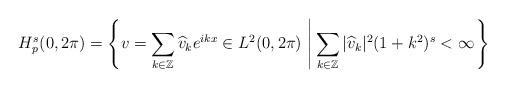
LaTeX: \begin{align*}H^s_p(0,2\pi)=\left\{ v=\sum_{k\in\mathbb{Z}} \widehat{v}_ke^{ikx} \in L^2(0,2\pi)\, \left| \,\sum_{k\in\mathbb{Z}}|\widehat{v}_k|^2(1+k^2)^s <\infty\right.\right\}\end{align*}